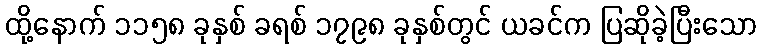
ထို့နောက် ၁၁၅၈ ခုနှစ် ခရစ် ၁၇၉၈ ခုနှစ်တွင် ယခင်က ပြဆိုခဲ့ပြီးသော